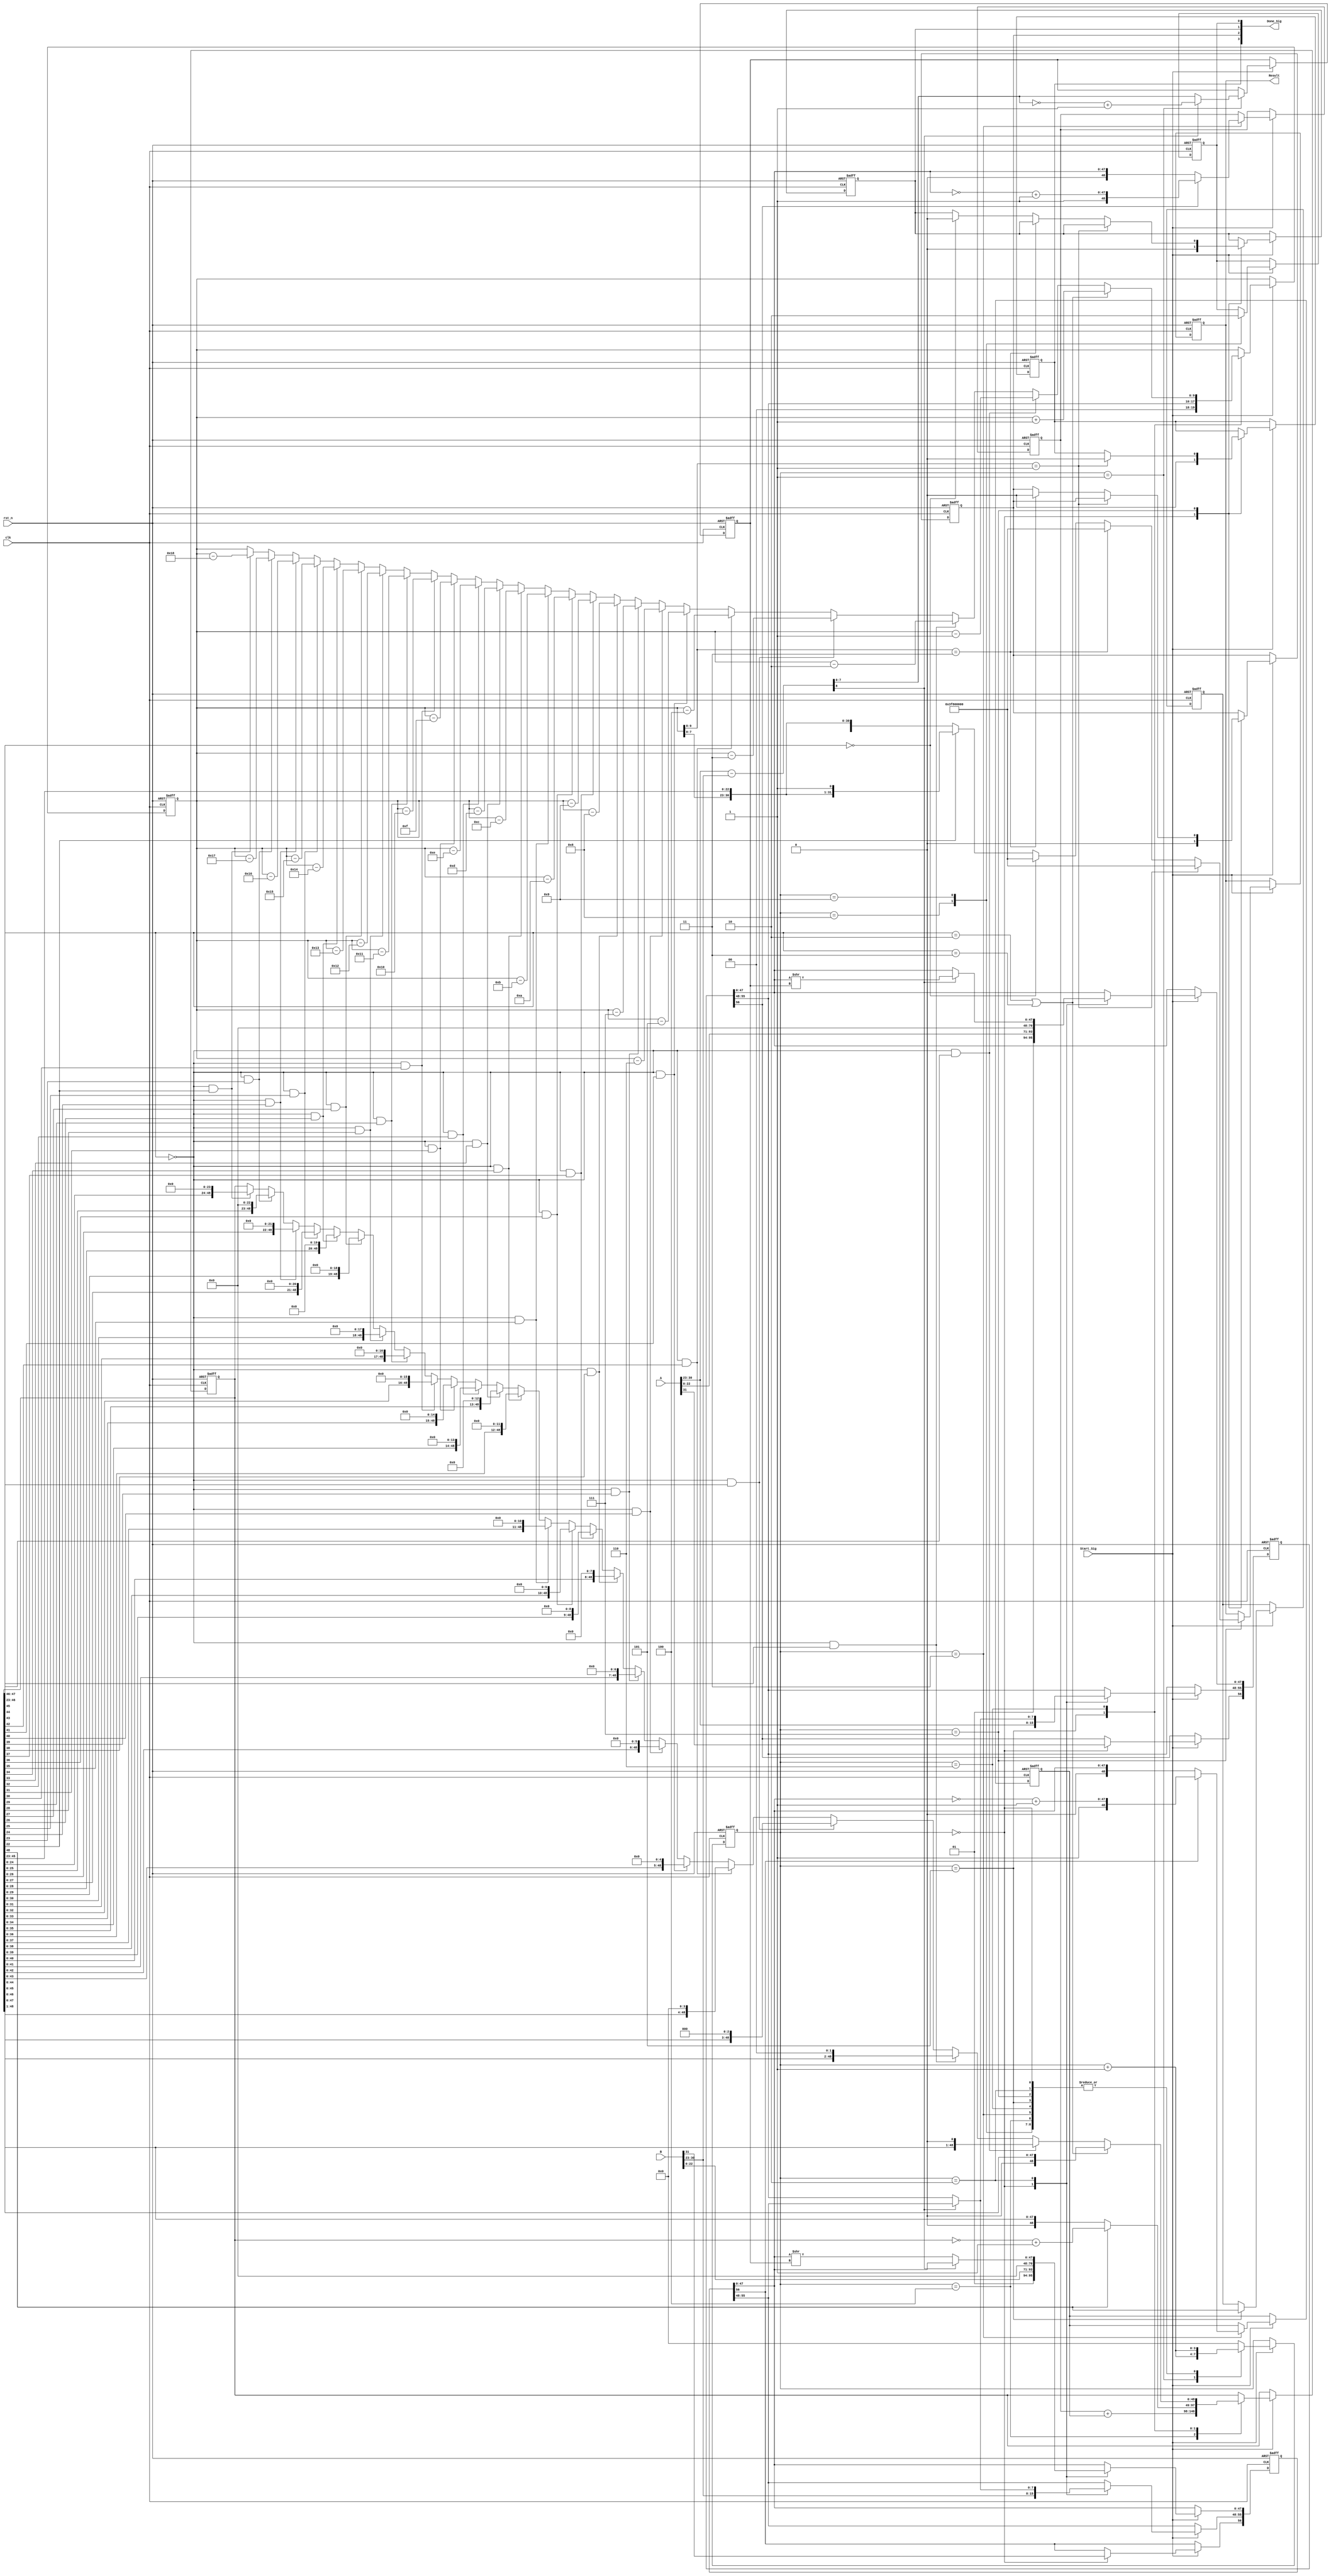
module adder(
    clk,
    rst_n,
    Start_Sig,
    A,
    B,
    Result,
    Done_Sig
);
    input   clk;
    input   rst_n;
    input   Start_Sig;
    input   [31:0]A;
    input   [31:0]B;

    output  [31:0]Result;
    output  [3:0]Done_Sig;//isOver,isUnder,isZero,isDone

    reg     [3:0]  i;
    reg     [56:0]rA,rB;//[56]Sign,[55:48]Exponent,[47:46]Hidden Bit,[45:23]Mantissa,[22:0]M'Backup
    reg     [48:0]Temp;//[48]M'Sign,[47:46]Hidden Bit,[45:23]M,[22:0]M'Backup
    reg     [48:0]TempA,TempB;
    reg     [31:0]rResult;
    wire     [9:0]rExp;//[9:8]Overflow or underflow check,[7;0]usual exp
    reg     [9:0]rExpValue;
    reg     [7:0]rExpDiff;//different between A.EXP and B.EXP
    reg     isSign;
    reg     isOver;
    reg     isUnder;
    reg     isZero;
    reg     isDone;

    assign rExp = A[30:23]-B[30:23];//
    always@(posedge clk or negedge rst_n)
    if(!rst_n)
    begin
        i <= 0;
        rA <= 0;
        rB <= 0;
        Temp <= 0;
        TempA <= 0;
        TempB <= 0;
        rResult <= 0;
        //rExp <= 0;
        rExpDiff <= 0;
        isSign <= 0;
        isOver <= 0;
        isUnder <= 0;
        isZero <= 0;
        isDone <= 0;
        rExpValue <= 0;
    end
    else if(Start_Sig)//
    begin
        case(i)
            0:begin//initial A,B and other reg
                rA <= {A[31],A[30:23],2'b01,A[22:0],23'd0};
                rB <= {B[31],B[30:23],2'b01,B[22:0],23'd0};

                isOver <= 1'b0;
                isUnder <= 1'b0;
                isZero <= 1'b0;
                i <= i+1'b1;
            end
            1://,
            begin
                if(rExp[8] == 1)//A<B
                    rExpDiff <= ~rExp[7:0] + 1'b1;//
                else 
                    rExpDiff <= rExp[7:0];
                i <= i+1; 
            end
            2://,
            begin
                if(rExp[8]==1)//A<B
                begin   
                    rA[47:0] <= rA[47:0]>>(rExpDiff);
                    rA[55:48] <= rB[55:48];
                end else begin
                    rB[47:0] <= rB[47:0]>>(rExpDiff);
                    rB[55:48] <= rA[55:48];
                end
                i <= i+1'b1;
            end
            3://
            begin   
                TempA <= rA[56]?{rA[56],(~rA[47:0]+1'b1)}:{rA[56],rA[47:0]};
                TempB <= rB[56]?{rB[56],(~rB[47:0]+1'b1)}:{rB[56],rB[47:0]};
                i <= i+1'b1;
            end
            4://
            begin
                Temp <= TempA + TempB;
                i <= i+1'b1;
            end
            5://
            begin
                isSign <= Temp[48];
                if(Temp[48]== 1'b1)//<0
                    Temp <= ~Temp+1'b1;
                rExpValue <= {2'b00,rA[55:48]};//
                i <= i+1'b1;
            end
            6://
            begin
                if(Temp[47:46]==2'b10||Temp[47:46]==2'b11)
                begin
                    Temp <= Temp>>1;//
                    rExpValue <= rExpValue+1'b1;//
                end 
                else if (Temp[47:46] ==2'b00 && Temp[45] == 1'b1) begin
                    Temp <= Temp << 1;
                    rExpValue <= rExpValue-5'd1;
                end
                else if(Temp[47:46] ==2'b00 && Temp[44] == 1'b1)begin
                    Temp <= Temp << 2;
                    rExpValue <= rExpValue-5'd2;
                end
                else if(Temp[47:46] ==2'b00 && Temp[43] == 1'b1)begin
                    Temp <= Temp << 3;
                    rExpValue <= rExpValue-5'd3;
                end
                else if(Temp[47:46] ==2'b00 && Temp[42] == 1'b1)begin
                    Temp <= Temp << 4;
                    rExpValue <= rExpValue-5'd4;
                end
                else if(Temp[47:46] ==2'b00 && Temp[41] == 1'b1)begin
                    Temp <= Temp << 5;
                    rExpValue <= rExpValue-5'd5;
                end
                else if(Temp[47:46] ==2'b00 && Temp[40] == 1'b1)begin
                    Temp <= Temp << 6;
                    rExpValue <= rExpValue-5'd6;
                end
                else if(Temp[47:46] ==2'b00 && Temp[39] == 1'b1)begin
                    Temp <= Temp << 7;
                    rExpValue <= rExpValue-5'd7;
                end
                else if(Temp[47:46] ==2'b00 && Temp[38] == 1'b1)begin
                    Temp <= Temp << 8;
                    rExpValue <= rExpValue-5'd8;
                end
                else if(Temp[47:46] ==2'b00 && Temp[37] == 1'b1)begin
                    Temp <= Temp << 9;
                    rExpValue <= rExpValue-5'd9;
                end
                else if(Temp[47:46] ==2'b00 && Temp[36] == 1'b1)begin
                    Temp <= Temp << 10;
                    rExpValue <= rExpValue-5'd10;
                end
                else if(Temp[47:46] ==2'b00 && Temp[35] == 1'b1)begin
                    Temp <= Temp << 11;
                    rExpValue <= rExpValue-5'd11;
                end
                else if(Temp[47:46] ==2'b00 && Temp[34] == 1'b1)begin
                    Temp <= Temp << 12;
                    rExpValue <= rExpValue-5'd12;
                end
                else if(Temp[47:46] ==2'b00 && Temp[33] == 1'b1)begin
                    Temp <= Temp << 13;
                    rExpValue <= rExpValue-5'd13;
                end
                else if(Temp[47:46] ==2'b00 && Temp[32] == 1'b1)begin
                    Temp <= Temp << 14;
                    rExpValue <= rExpValue-5'd14;
                end
                else if(Temp[47:46] ==2'b00 && Temp[31] == 1'b1)begin
                    Temp <= Temp << 15;
                    rExpValue <= rExpValue-5'd15;
                end
                else if(Temp[47:46] ==2'b00 && Temp[30] == 1'b1)begin
                    Temp <= Temp << 16;
                    rExpValue <= rExpValue-5'd16;
                end
                else if(Temp[47:46] ==2'b00 && Temp[29] == 1'b1)begin
                    Temp <= Temp << 17;
                    rExpValue <= rExpValue-5'd17;
                end
                else if(Temp[47:46] ==2'b00 && Temp[28] == 1'b1)begin
                    Temp <= Temp << 18;
                    rExpValue <= rExpValue-5'd18;
                end
                else if(Temp[47:46] ==2'b00 && Temp[27] == 1'b1)begin
                    Temp <= Temp << 19;
                    rExpValue <= rExpValue-5'd19;
                end
                else if(Temp[47:46] ==2'b00 && Temp[26] == 1'b1)begin
                    Temp <= Temp << 20;
                    rExpValue <= rExpValue-5'd20;
                end
                else if(Temp[47:46] ==2'b00 && Temp[25] == 1'b1)begin
                    Temp <= Temp << 21;
                    rExpValue <= rExpValue-5'd21;
                end
                else if(Temp[47:46] ==2'b00 && Temp[24] == 1'b1)begin
                    Temp <= Temp << 22;
                    rExpValue <= rExpValue-5'd22;
                end
                else if(Temp[47:46] ==2'b00 && Temp[23] == 1'b1)begin
                    Temp <= Temp << 23;
                    rExpValue <= rExpValue-5'd23;
                end
                else if(Temp[47:46] ==2'b00 && Temp[22] == 1'b1)begin
                    Temp <= Temp << 24;
                    rExpValue <= rExpValue-5'd24;
                end
                else if(Temp[47:46] ==2'b00 && Temp[24] == 1'b1)begin
                    Temp <= Temp << 25;
                    rExpValue <= rExpValue-5'd25;
                end
                i <= i+1'b1;
            end
            7://
            begin
                if(rExpValue[9:8] == 2'b01)//overflow
                begin
                    isOver <= 0;
                    rResult <= {1'b0,8'd127,23'd0};
                end
                else if(rExpValue[9:8] == 2'b11)//underflow
                begin
                    isUnder <= 0;
                    rResult <= {1'b0,8'd127,23'd0};
                end
                else if(Temp[46:23] == 24'd0)//zero
                begin
                    isZero <= 0;
                    rResult <= {1'b0,8'd127,23'd0};
                end
                else if(Temp[22]==1'b1)
                    rResult <= {isSign,rExpValue[7:0],Temp[45:23],1'b1};
                else    
                    rResult <= {isSign,rExpValue[7:0],Temp[45:23]};
                i <= i+1'b1;
            end
            8:
            begin
                isDone <= 1'b1;
                i <= i+1'b1;
            end
            9:
            begin
                isDone <= 1'b0;
                i <= i+1'b1;
            end

            default:i <= 0;

        endcase
    end
   
   assign Done_Sig = {isOver,isUnder,isZero,isDone};
   assign Result = rResult;

   
endmodule